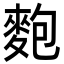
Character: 麭